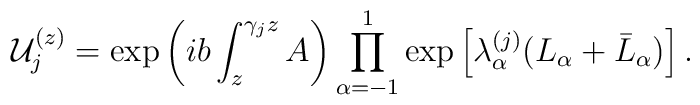
{\cal U}_j^{(z)}={\rm exp}\left(ib\int_z^{\gamma_j z} A\right)  \prod_{\alpha=-1}^1{\rm  exp}\left[\lambda_{\alpha}^{(j)}(L_{\alpha}+\bar L_{\alpha})\right].